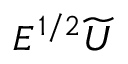
E ^ { 1 / 2 } \widetilde { \boldsymbol { U } }